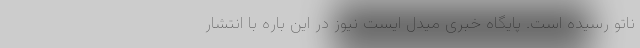
ناتو رسیده است. پایگاه خبری میدل ایست نیوز در این باره با انتشار